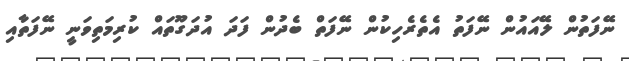
ނޭފަތުން ލޭއައުން ނޭފަތު އެތެރެހިކުން ނޭފަތް ބެދުން ފަދަ އުދަގޫތައް ކުރިމަތިވަނީ ނޭފަތާއި